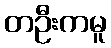
တဦးကမူ